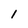
Character: I